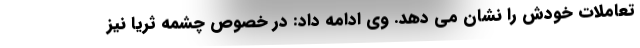
تعاملات خودش را نشان می دهد. وی ادامه داد: در خصوص چشمه ثریا نیز